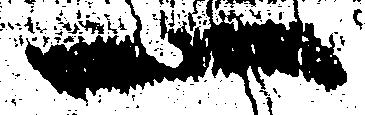
一